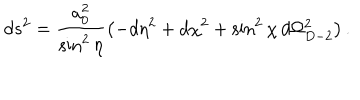
LaTeX: d s ^ { 2 } = \frac { a _ { 0 } ^ { 2 } } { \sin ^ { 2 } \eta } \left( - d \eta ^ { 2 } + d \chi ^ { 2 } + \sin ^ { 2 } \chi \, d \Omega _ { D - 2 } ^ { 2 } \right) .